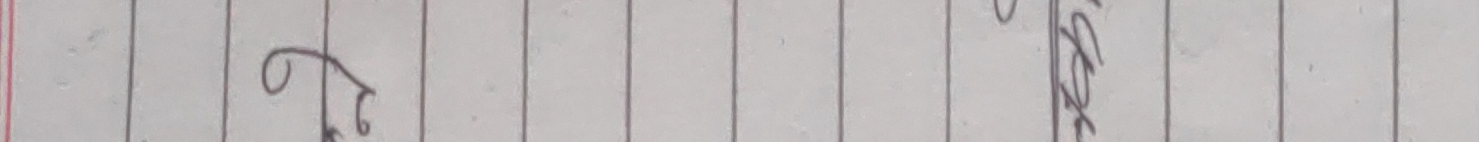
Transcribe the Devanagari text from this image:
हेरेर